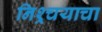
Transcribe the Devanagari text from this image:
निश्र्चयाचा